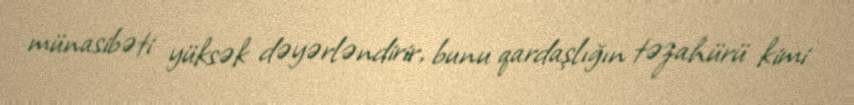
münasibəti yüksək dəyərləndirir, bunu qardaşlığın təzahürü kimi